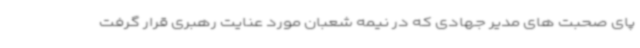
پای صحبت های مدیر جهادی که در نیمه شعبان مورد عنایت رهبری قرار گرفت